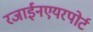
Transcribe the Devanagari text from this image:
रजाईनएयरपोर्ट